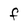
Character: F